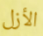
الأزل